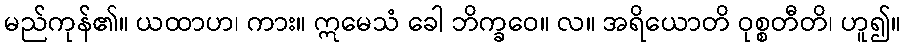
မည်ကုန်၏။ ယထာဟ၊ ကား။ ဣမေသံ ခေါ ဘိက္ခဝေ။ လ။ အရိယောတိ ဝုစ္စတီတိ၊ ဟူ၍။